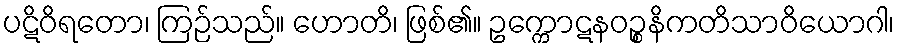
ပဋိဝိရတော၊ ကြဉ်သည်။ ဟောတိ၊ ဖြစ်၏။ ဥက္ကောဋနဝဉ္စနိကတိသာဝိယောဂါ၊